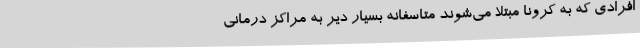
افرادی که به کرونا مبتلا می‌شوند متاسفانه بسیار دیر به مراکز درمانی